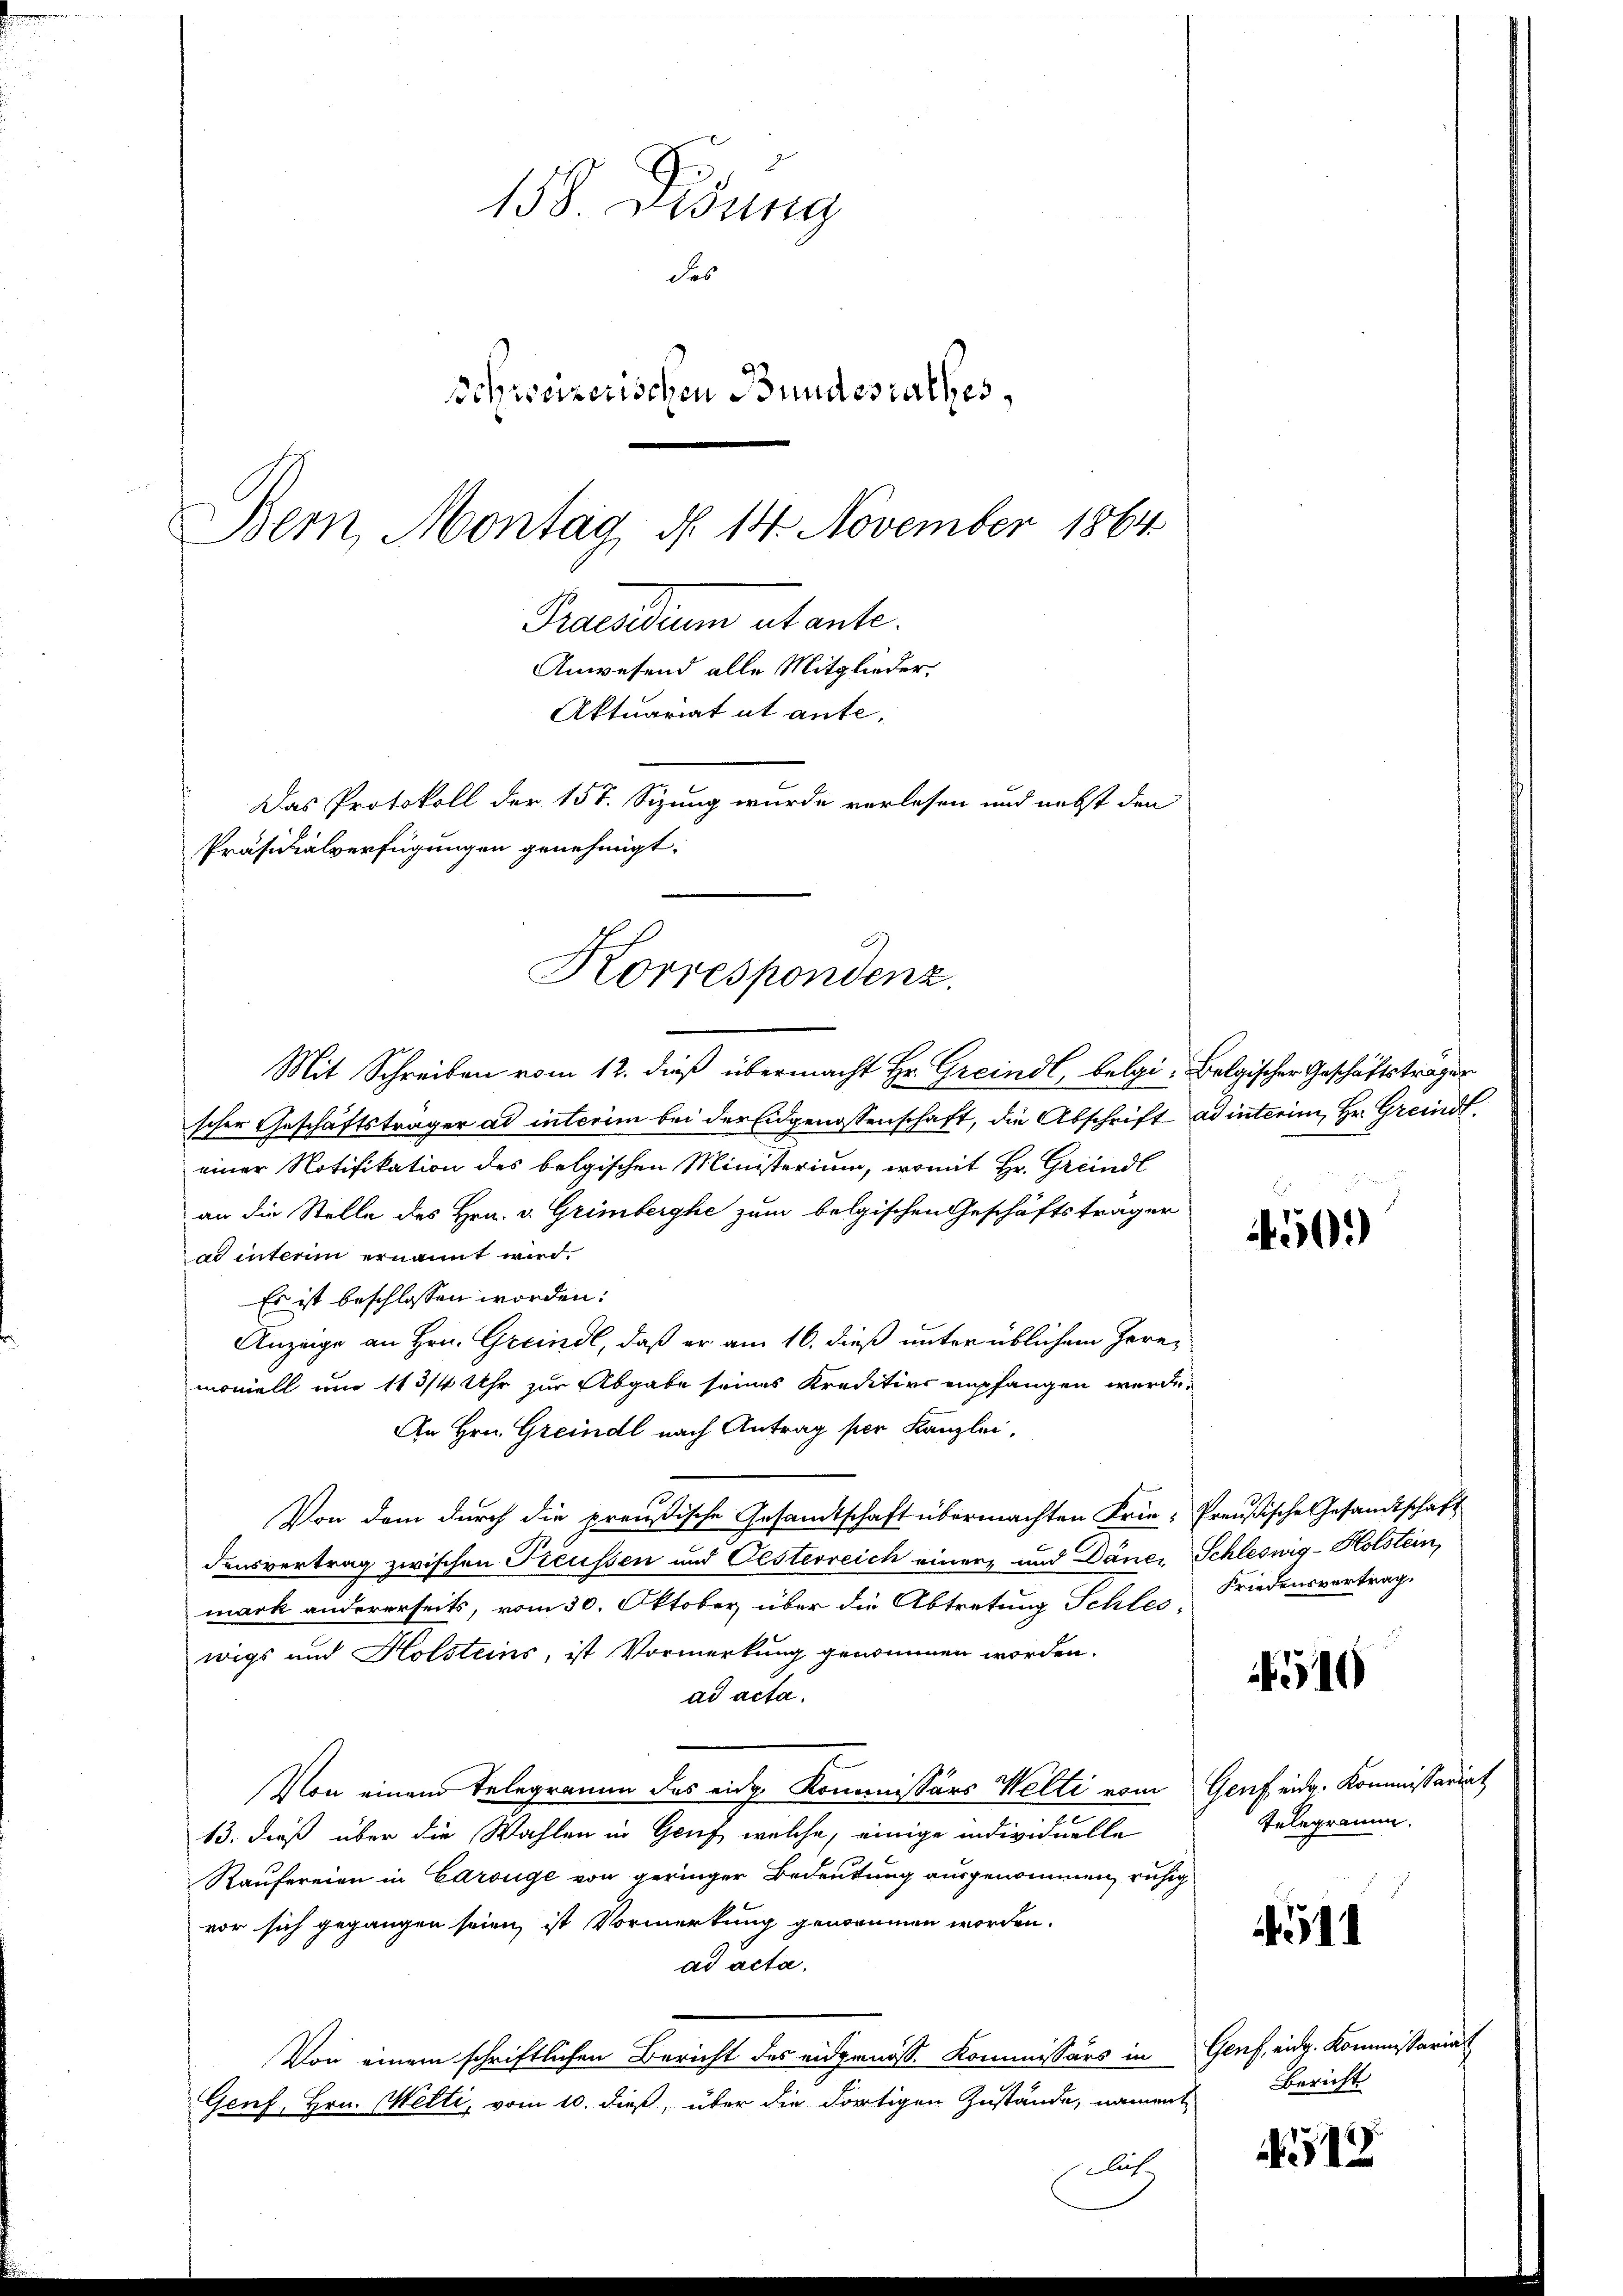
158. Gesung
des
Schweizerischen Bundesrathes,
Bern, Montag, d. 14. November 1864
Praesiduum et ante.
Anwesend alle Mitglieder,
Aktuariat ut ante¬
Das Protokoll der 157. Sizung wurde verlesen und nebst den
Präsidialverfügungen genehmigt.

Korrespondenz.

Mit Schreiben vom 12. dieß übermacht Hr. Greindl, belgi- Belgischer Geschäftsträger
scher Geschäftsträger ad interim bei der Eidgenossenschaft, die Abschrift ad interim, Hr. Greindl
einer Notifikation des belgischen Ministerium, womit Hr. Greindl
an die Stelle des Hrn. v. Grimberghe zum belgischen Geschäftsträger
u unterin ernannt wird.
Es ist beschlossen worden:
Anzeige an Hrn. Greindl, daß er am 16. dieß unter üblichem Heremoviell und 113/4 Uhr zur Abgabe seines Kreditios empfangen werde.
An Hrn. Greindl nach Antrag per Kanzlei,
Von dem durch die preußische Gesandtschaft übermachten Frie- Preußische Gesandtschaft
densvertrag zwischen Freussen und Oesterreich einer und Däner Schleswig-Holstein,
mark andererseits, vom 30. Oktober über die Abtretung Schles
wigs und Holsteins, ist Vormerkung genommen worden.
ad acta.
Von einem Telegramm das eidg Kommissärs Welti vom Genf eidg. Kommissariat
13. dieß über die Wahlen in Genf, welche, einige individuelle
Raufereien in Carouge von geringer Bedeutung ausgenommen, ruhig
vor sich gegangen seien, ist Vormerkung genommen worden.
ad acta.
Von einem schriftlichen Bericht des eidgenöss. Kommissärs in Genf, eidg. Kommissariat
Genf, Hrn. Welti, vom 10. dieß, über die dortigen Zustände, nament
lich

4500

Friedensvertrag.

510

Telegramm.

4511

Bericht

12